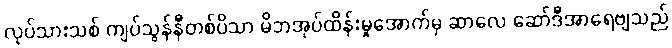
လုပ်သားသစ် ကျပ်သွန်နီတစ်ပိသာ မိဘအုပ်ထိန်းမှုအောက်မှ ဆာလေ ဆော်ဒီအာရေဗျသည်